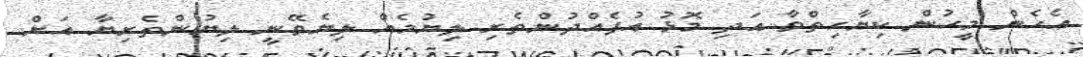
އެހެން މީހުން ކިޔާހިތްވާ އަދި މޮޅު އުފެއްދުންތެރި ލިޔުމެއް ލިޔެވޭނީ ލިޔުންތެރިޔާ އަށް